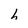
Character: h